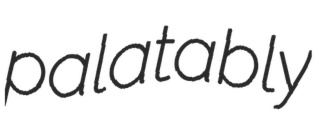
palatably